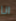
انا